Leaving Certificate, 1888
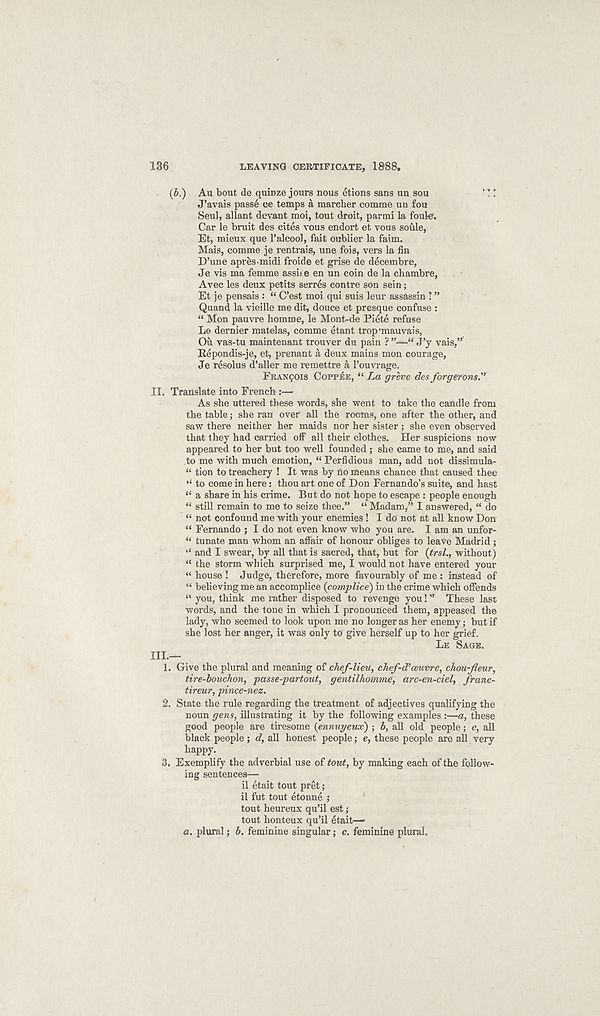
136
LEAVING CERTIFICATE, 1888,
(b.)
Au bout de quinze jours nous etions sans un sou
J’avais passe ee temps a marcher comme un fou
Seul, allant devant moi, tout droit, parmi la foukf.
Car le bruit des cites vous endort et vous soule,
Et, mieux que I’alcool, fait oublier la faim.
Mais, comme je rentrais, une fois, vers la fin
D’une apres midi froide et grise de deeembre,
Je vis ma femme assise en un coin de la chambre,
Avec les deux petits serres centre son sein;
Et je pensais : “ C’est moi qui suis leur assassin ! ”
Quand la vieille me dit, douce et presque confuse :
“ Mon pauvre homme, le Mont-de Piete refuse
Le dernier matelas, comme etant trop'mauvais,
Ou vas-tu maintenant trouver du pain ?
“ J’y vais,”
Repondis-je, et, prenant a deux mains mon courage,
Je resolus d’aller me remettre k 1’ouvrage.
FRANCOIS COFFEE, “ La greve des forgerons."
II. Translate into French:—
As she uttered these words, she went to take the candle from
the table; she ran over all the rooms, one after the other, and
saw there neither her maids nor her sister ; she even observed
that they had carried off all their clothes. Her suspicions now
appeared to her but too well founded; she came to me, and said
to me with much emotion, “ Perfidious man, add not dissimula-
“ tion to treachery ! It was by no means chance that caused thee
“ to come in here: thou art one of Don Fernando’s suite, and hast
“ a share in his crime. But do not hope to escape : people enough
“ still remain to me to seize thee.” “ Madam,” I answered, “ do
“ not confound me with your enemies! I do not at all know Don
“ Fernando ; I do not even know who you are. I am an unfor-
“ tunate man whom an affair of honour obliges to leave Madrid ;
‘‘ and I swear, by all that is sacred, that, but for (trsl., without)
“ the storm which surprised me, I would not have entered your
“ house ! Judge, therefore, more favourably of me : instead of
“ believing me an accomplice {complice) in the crime which offends
“ you, think me rather disposed to revenge you! ” These last
words, and the tone in which I pronounced them, appeased the
lady, who seemed to look upon me no longer as her enemy; but if
she lost her anger, it was only to give herself up to her grief.
LE SAGE.
III.—
1. Give the plural and meaning of chef-lieu, chef-d'oeuvre, chou-fleur,
tire-bouchon, passe-partout, gentilhoinme, arc-en-ciel, franc-
tireur, pince-nez.
2. State the rule regarding the treatment of adjectives qualifying the
noun gens, illustrating it by the following examples :—a, these
good people are tiresome {ennuyeux) ; b, all old people; c, all
black people; d, all honest people; e, these people are all very
happy.
3. Exemplify the adverbial use of tout, by making each of the follow-
ing sentences—
il etait tout pret ;
il fut tout etonne ;
tout heureux qu’il est;
tout honteux qu’il etait—■
a. plural; b. feminine singular; c. feminine plural.